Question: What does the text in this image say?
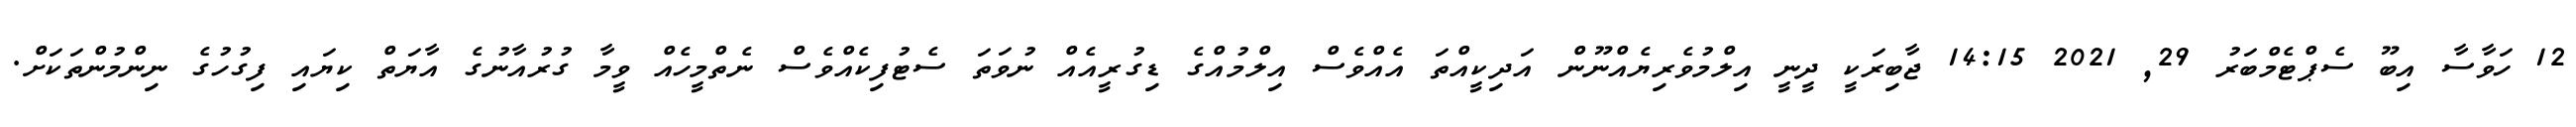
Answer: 12 ހަވާސާ އިބޫ ސެޕްޓެމްބަރު 29, 2021 14:15 ޖާބިރަކީ ދީނީ އިލްމުވެރިޔެއްނޫން އަދިކީއްތަ އެއްވެސް އިލްމުއްގެ ޑިގުރީއެއް ނުވަތަ ސެޓުފިކެއްވެސް ނެތްމީހެއް ވީމާ ގުރުއާނުގެ އާޔަތް ކިޔައި ފިގުހުގެ ނިންމުންތަކަށް.